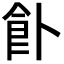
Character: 𩚅